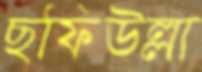
ছফিউল্লা